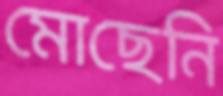
মোছেনি